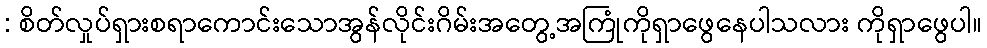
: စိတ်လှုပ်ရှားစရာကောင်းသောအွန်လိုင်းဂိမ်းအတွေ့အကြုံကိုရှာဖွေနေပါသလား ကိုရှာဖွေပါ။